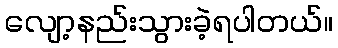
လျော့နည်းသွားခဲ့ရပါတယ်။